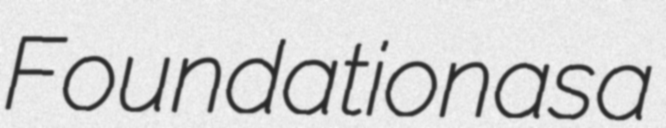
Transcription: Foundation as a